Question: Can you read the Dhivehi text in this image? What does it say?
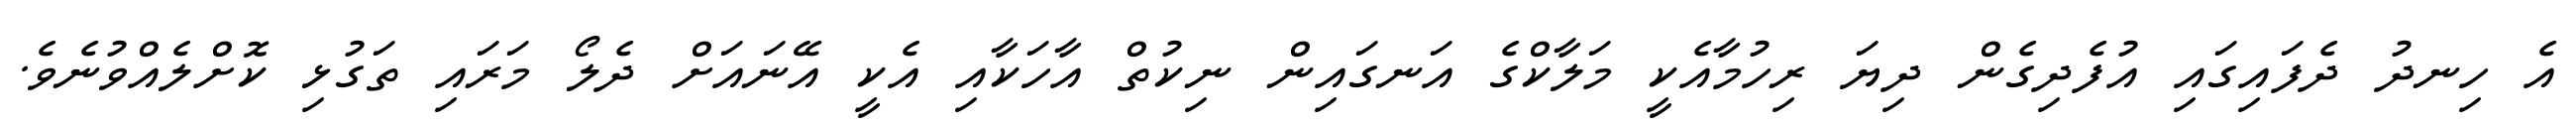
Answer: އެ ހިނދު ދެފައިގައި އުފެދިގެން ދިޔަ ރިހުމާއެކީ މަލާކްގެ އަނގައިން ނިކުތް އާހަކާއި އެކީ އޭނައަށް ދެލޯ މަރައި ތަގުޅި ކޮށްލެއްވުނެވެ.